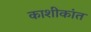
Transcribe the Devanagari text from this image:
काशीकांत